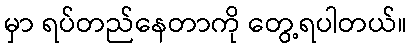
မှာ ရပ်တည်နေတာကို တွေ့ရပါတယ်။